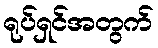
ရုပ်ရှင်အတွက်